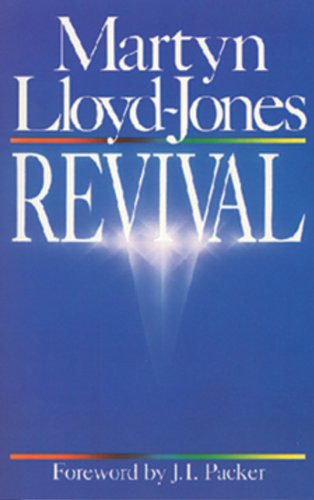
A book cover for Revival; Martyn Lloyd-Jones; Christian Books & Bibles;